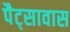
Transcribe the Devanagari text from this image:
पैट्सावास